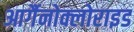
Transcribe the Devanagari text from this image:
आर्गैनोक्लोराइड